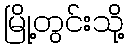
မြို့တွင်းသို့